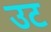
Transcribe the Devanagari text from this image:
उट